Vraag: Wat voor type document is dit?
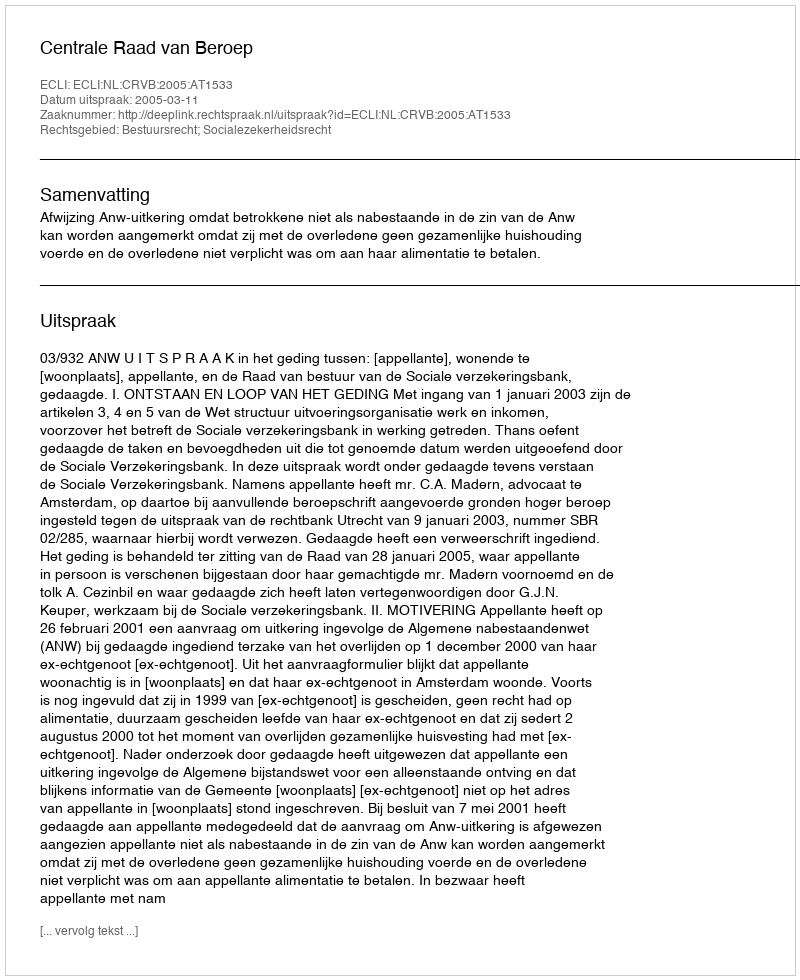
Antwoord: Uitspraak